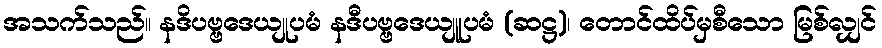
အသက်သည်။ နဒိပဗ္ဗဒေယျုပမံ နဒီပဗ္ဗဒေယျူပမံ (ဆဋ္ဌ)၊ တောင်ထိပ်မှစီသော မြစ်လျှင်